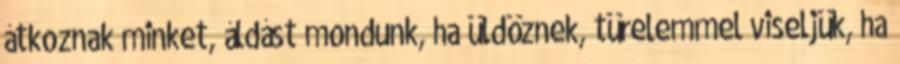
átkoznak minket, áldást mondunk, ha üldöznek, türelemmel viseljük, ha